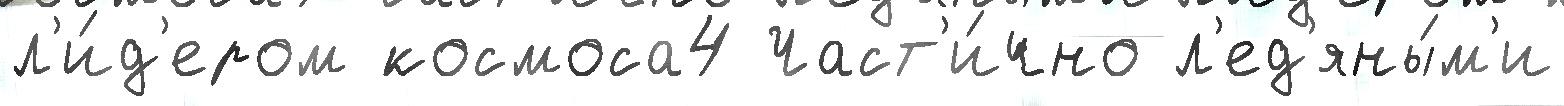
л'и́д'ером космоса4 Част'и́чно л'ед'яны́м'и